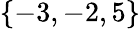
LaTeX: \{ -3,-2,5\}